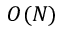
O ( N )